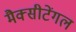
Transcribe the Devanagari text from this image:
मैक्‍सीटेंगल